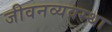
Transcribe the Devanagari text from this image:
जीवनव्यवस्था